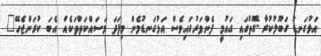
އަޅުގަނޑު ގަބޫލުކުރާ ގޮތުގައި ގައުމީ ފެންވަރުގައިވެސް އަޅުގަނޑުމެން މިފަދަ މަސައްކަތްތަކެއް އެބަ ކުރަންޖެހޭ"